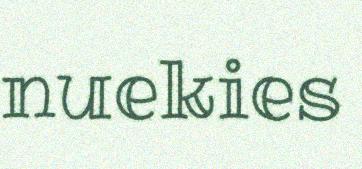
nuekies